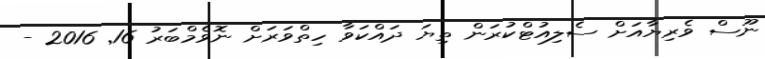
ނޫސް ވެރިޔާއަށް ސެލިއުޓްކުރަން ތިޔަ ދައްކަވާ ހިތްވަރަށް ނޮވެމްބަރު 16